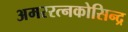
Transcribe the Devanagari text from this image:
अमररत्नकोसिन्द्र